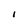
Character: I